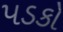
પડકો